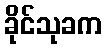
ခိုင်သုခက